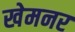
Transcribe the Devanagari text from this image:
खेमनर